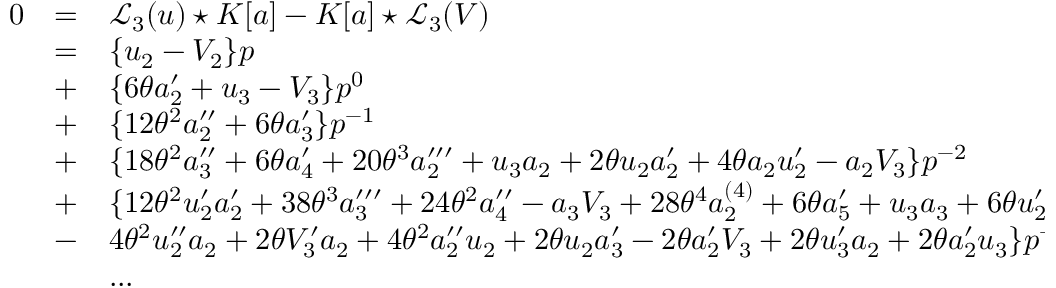
\begin{array} { l c l } { { 0 } } & { { = } } & { { { { \mathcal L } _ { 3 } } ( u ) \star K [ a ] - K [ a ] \star { { \mathcal L } _ { 3 } } ( V ) } } \\ { { } } & { { = } } & { { \{ u _ { 2 } - V _ { 2 } \} p } } \\ { { } } & { { + } } & { { \{ 6 \theta a _ { 2 } ^ { \prime } + u _ { 3 } - V _ { 3 } \} p ^ { 0 } } } \\ { { } } & { { + } } & { { \{ 1 2 { \theta } ^ { 2 } a _ { 2 } ^ { \prime \prime } + 6 \theta a _ { 3 } ^ { \prime } \} p ^ { - 1 } } } \\ { { } } & { { + } } & { { \{ 1 8 { \theta } ^ { 2 } a _ { 3 } ^ { \prime \prime } + 6 \theta a _ { 4 } ^ { \prime } + 2 0 { \theta } ^ { 3 } a _ { 2 } ^ { \prime \prime \prime } + u _ { 3 } a _ { 2 } + 2 \theta u _ { 2 } a _ { 2 } ^ { \prime } + 4 \theta a _ { 2 } u _ { 2 } ^ { \prime } - a _ { 2 } V _ { 3 } \} p ^ { - 2 } } } \\ { { } } & { { + } } & { { \{ 1 2 \theta ^ { 2 } u _ { { 2 } } ^ { \prime } a _ { { 2 } } ^ { \prime } + 3 8 { \theta } ^ { 3 } a _ { 3 } ^ { \prime \prime \prime } + 2 4 { \theta } ^ { 2 } a _ { 4 } ^ { \prime \prime } - a _ { 3 } V _ { 3 } + 2 8 { \theta } ^ { 4 } a _ { 2 } ^ { ( 4 ) } + 6 { \theta } a _ { 5 } ^ { \prime } + u _ { 3 } a _ { 3 } + 6 { \theta } u _ { 2 } ^ { \prime } a _ { 3 } } } \\ { { } } & { { - } } & { { 4 { \theta } ^ { 2 } u _ { 2 } ^ { \prime \prime } a _ { 2 } + 2 { \theta } V _ { 3 } ^ { \prime } a _ { 2 } + 4 { \theta } ^ { 2 } a _ { 2 } ^ { \prime \prime } u _ { 2 } + 2 { \theta } u _ { 2 } a _ { 3 } ^ { \prime } - 2 { \theta } a _ { 2 } ^ { \prime } V _ { 3 } + 2 { \theta } u _ { 3 } ^ { \prime } a _ { 2 } + 2 { \theta } a _ { 2 } ^ { \prime } u _ { 3 } \} p ^ { - 3 } } } \\ { { } } & { { } } & { { . . . } } \end{array}